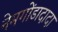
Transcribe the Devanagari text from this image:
नेमगोंडादादा